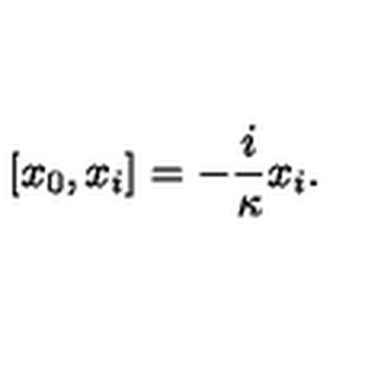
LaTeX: [ x _ { 0 } , x _ { i } ] = - \frac { i } \kappa x _ { i } .